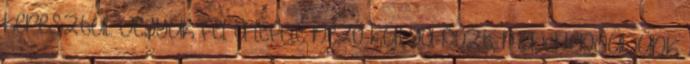
keresztül. Vegyük fel a lefelé néző kutya-pózt, majd lendüljünk